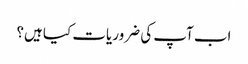
اب آپ کی ضروریات کیا ہیں؟